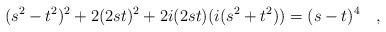
LaTeX: \begin{align*}(s^2-t^2)^2 + 2(2st)^2 +2i(2st)(i (s^2+t^2)) =(s-t)^4\quad,\end{align*}